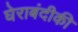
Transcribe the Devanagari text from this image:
घेराबंदीकी